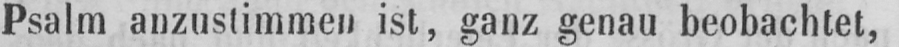
Psalm anzustimmen ist, ganz genau beobachtet,